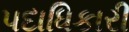
પદાધિકારી